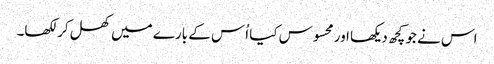
اس نے جو کچھ دیکھا اور محسوس کیا اُس کے بارے میں کھل کر لکھا۔